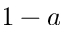
1 - a